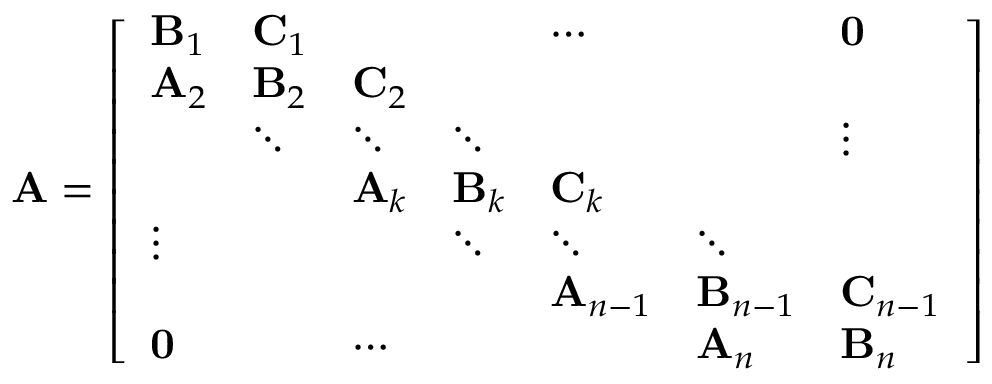
\mathbf { A } = { \left[ \begin{array} { l l l l l l l } { \mathbf { B } _ { 1 } } & { \mathbf { C } _ { 1 } } & & & { \cdots } & & { \mathbf { 0 } } \\ { \mathbf { A } _ { 2 } } & { \mathbf { B } _ { 2 } } & { \mathbf { C } _ { 2 } } & & & & \\ & { \ddots } & { \ddots } & { \ddots } & & & { \vdots } \\ & & { \mathbf { A } _ { k } } & { \mathbf { B } _ { k } } & { \mathbf { C } _ { k } } & & \\ { \vdots } & & & { \ddots } & { \ddots } & { \ddots } & \\ & & & & { \mathbf { A } _ { n - 1 } } & { \mathbf { B } _ { n - 1 } } & { \mathbf { C } _ { n - 1 } } \\ { \mathbf { 0 } } & & { \cdots } & & & { \mathbf { A } _ { n } } & { \mathbf { B } _ { n } } \end{array} \right] }